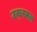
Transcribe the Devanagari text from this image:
उक्स्मल